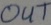
Text: OUT